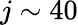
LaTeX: j\sim 40